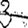
Digit: 3